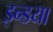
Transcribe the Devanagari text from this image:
इन्डया